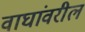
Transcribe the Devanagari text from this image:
वाघांवरील